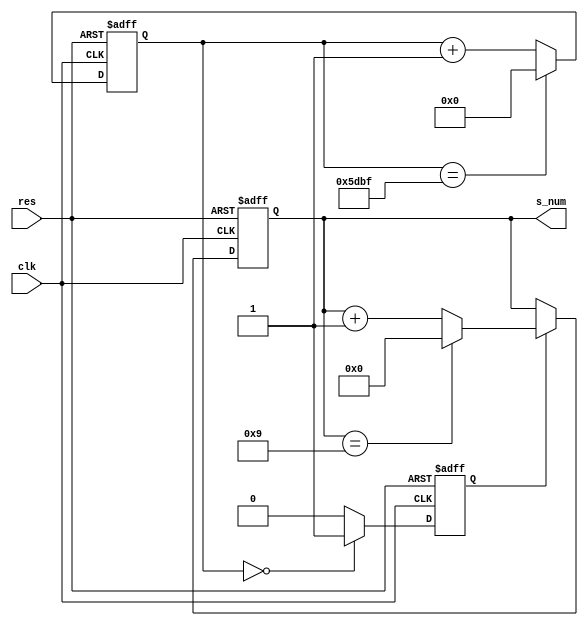
`timescale 1ns/10ps
module s_counter(clk, res, s_num);
input clk;
input res;
output[3:0] s_num;

parameter frequency_clk = 24;//24MHz
reg[24:0] con_t;//
reg s_pulse;//
reg[3:0] s_num;

always@(posedge clk or negedge res)
if(~res)begin
    con_t<=0;s_pulse<=0;s_num<=0;
end
else begin
    if(con_t == frequency_clk*1000-1)begin
        con_t<=0;
    end
    else begin
        con_t<=con_t+1;
    end

    if(con_t == 0)begin
    s_pulse<=1;
	end
	else begin
    s_pulse<=0;
	end


	if(s_pulse)begin
    	if(s_num == 9)begin
        	s_num<=0;
    	end
    	else begin
        	s_num<=s_num +1;
    	end
	end

end

endmodule

//------------testbench of s_counter--------

module s_counter_tb;
reg clk,res;
wire[3:0] s_num;
s_counter s_counter(.clk(clk), .res(res), .s_num(s_num));

initial begin
    clk<=0;res<=0;
    #17 res<=1;
    #1000 $stop;
end
always #5 clk<=~clk;
endmodule